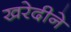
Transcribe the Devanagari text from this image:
खरेदीने